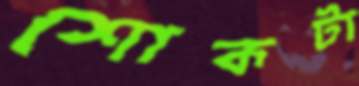
শোকটা